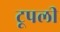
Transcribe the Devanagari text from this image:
टूपली